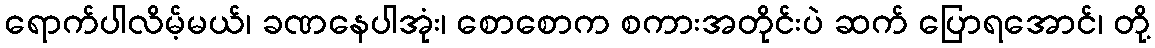
ရောက်ပါလိမ့်မယ်၊ ခဏနေပါအုံး၊ စောစောက စကားအတိုင်းပဲ ဆက် ပြောရအောင်၊ တို့